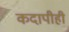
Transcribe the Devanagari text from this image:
कदापीही